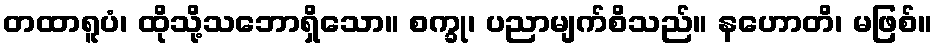
တထာရူပံ၊ ထိုသို့သဘောရှိသော။ စက္ခု၊ ပညာမျက်စိသည်။ နဟောတိ၊ မဖြစ်။